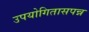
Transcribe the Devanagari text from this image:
उपयोगितासपन्न